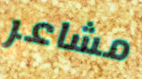
مشاعر